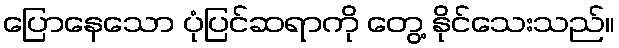
ပြောနေသော ပုံပြင်ဆရာကို တွေ့ နိုင်သေးသည်။